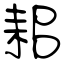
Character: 耜